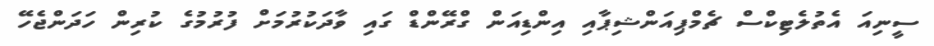
ސީނިއަ އެތުލެޓިކްސް ޗެމްޕިއަންޝިޕާއި އިންޑިއަން ގްރޭންޑް ގައި ވާދަކުރުމަށް ފުރުމުގެ ކުރިން ހަދަންޖެހޭ